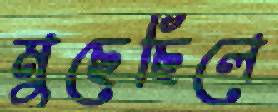
মুছেছিলে